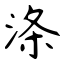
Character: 涤